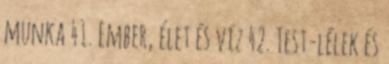
munka 41. Ember, élet és víz 42. Test-lélek és